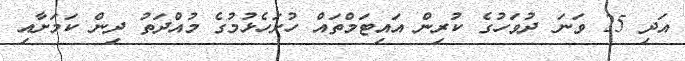
އަދި 25 ވަނަ ދުވަހުގެ ކުރިން އައިޓަމްތައް ހުށަހެޅުމުގެ މުއްދަތު ދިން ކަމަށާއި